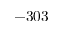
- 3 0 3